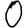
Digit: 0